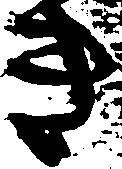
き